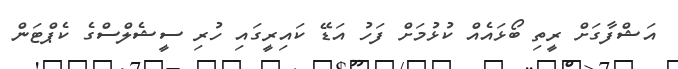
އަޝްފާގަށް ރީތި ބޯޅައެއް ކުޅުމަށް ފަހު އަޑޭ ކައިރީގައި ހުރި ސީޝެލްސްގެ ކެޕްޓަން